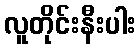
လူတိုင်းနီးပါး